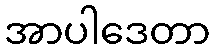
အာပါဒေတာ